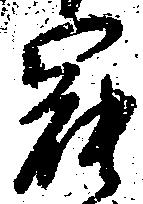
罷